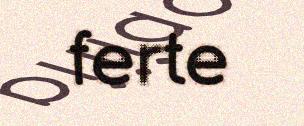
ferte